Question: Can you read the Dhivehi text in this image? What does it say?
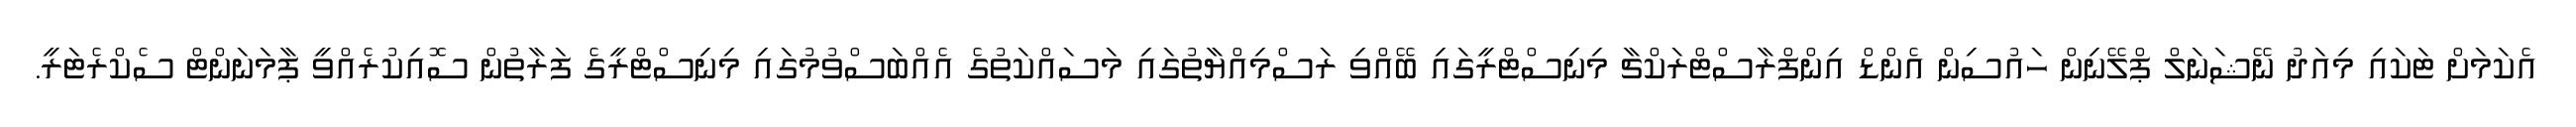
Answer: އެކަމަށް ޓަކައި މިއަދު ނޭޝަނަލް ޕްލޭނިން ހައުސިން އެންޑް އިންފްރާސްޓްރަކްޗާ މިނިސްޓްރީގައި ބޭއްވި ރަސްމިއްޔާތުގައި މަސައްކަތުގެ އެއްބަސްވުމުގައި މިނިސްޓްރީގެ ފަރާތުން ސޮއިކުރެއްވީ ޕާމަނަންޓް ސެކްރެޓަރީ.